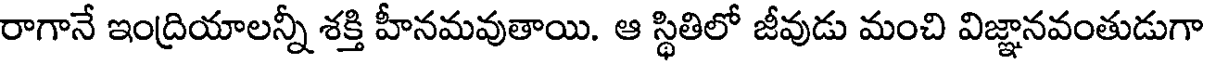
రాగానే ఇంద్రియాలన్నీ శక్తి హీనమవుతాయి. ఆ స్థితిలో జీవుడు మంచి విజ్ఞానవంతుడుగా